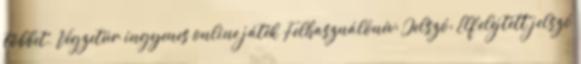
többet. Végzetúr ingyenes online játék Felhasználónév: Jelszó: Elfelejtett jelszó